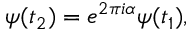
\psi ( t _ { 2 } ) = e ^ { 2 \pi i \alpha } \psi ( t _ { 1 } ) ,